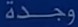
وجدة